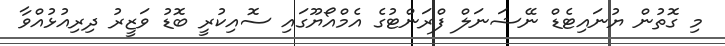
މި ގޮތުން ޔުނައިޓެޑް ނޭޝަނަލް ފްރަންޓުގެ އެމްއޯޔޫގައި ސޮއިކުރީ ބޮޑު ވަޒީރު ދިރިއުުޅުއްވާ